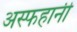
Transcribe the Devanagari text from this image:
अस्फहानी